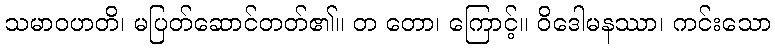
သမာဝဟတိ၊ မပြတ်ဆောင်တတ်၏။ တ တော၊ ကြောင့်။ ဝိဒေါမနဿာ၊ ကင်းသော